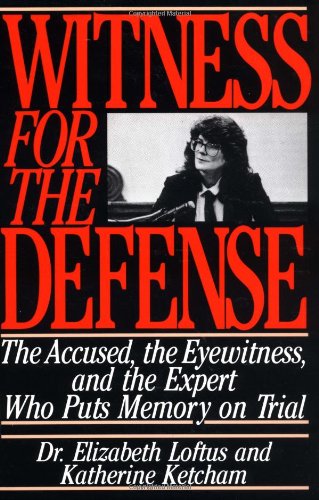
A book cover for Witness for the Defense: The Accused, the Eyewitness and the Expert Who Puts Memory on Trial; Elizabeth Loftus; Law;